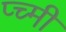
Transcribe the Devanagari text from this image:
प्च्मी